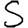
Digit: 5